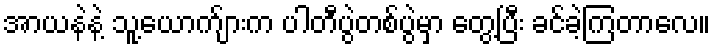
အာယနဲနဲ့ သူ့ယောက်ျားက ပါတီပွဲတစ်ပွဲမှာ တွေ့ပြီး ခင်ခဲ့ကြတာလေ။